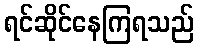
ရင်ဆိုင်နေကြရသည်